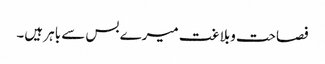
فصاحت وبلاغت میرے بس سے باہر ہیں۔